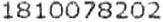
1810078202